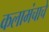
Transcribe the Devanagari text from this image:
कलामंचाचे